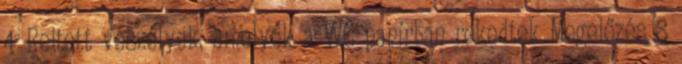
4 Rejtett veszélyek, amelyek a WC-papírban rekedtek Megelőzés 8